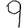
Digit: 9